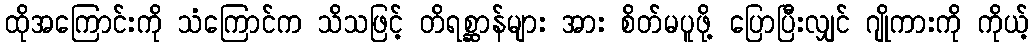
ထိုအကြောင်းကို သံကြောင်က သိသဖြင့် တိရစ္ဆာန်များ အား စိတ်မပူဖို့ ပြောပြီးလျှင် ဂျိုကားကို ကိုယ့်